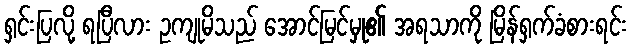
ရှင်းပြလို့ ရပြီလား ဥကျုမိသည် အောင်မြင်မှု၏ အရသာကို မြိန်ရှက်ခံစားရင်း